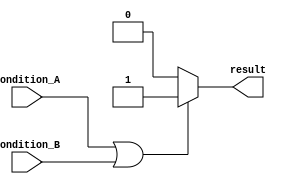
module if_else_logical_OR (
    input wire condition_A,
    input wire condition_B,
    output reg result
);

always @(*) begin
    if (condition_A || condition_B) begin
        result = 1; // execute this block if condition_A or condition_B is true
    end
    else begin
        result = 0; // execute this block if both condition_A and condition_B are false
    end
end

endmodule